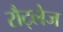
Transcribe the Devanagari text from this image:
रौट्लेज